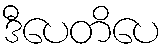
ဒီပေတိပေ